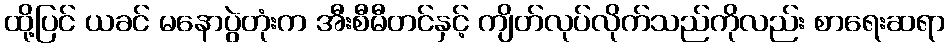
ထို့ပြင် ယခင် မနောပွဲတုံးက အီးစီမီတင်နှင့် ကျိတ်လုပ်လိုက်သည်ကိုလည်း စာရေးဆရာ